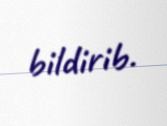
bildirib.